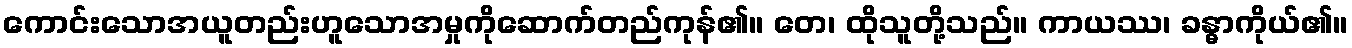
ကောင်းသောအယူတည်းဟူသောအမှုကိုဆောက်တည်ကုန်၏။ တေ၊ ထိုသူတို့သည်။ ကာယဿ၊ ခန္ဓာကိုယ်၏။